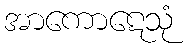
အာကောဋေသုံ